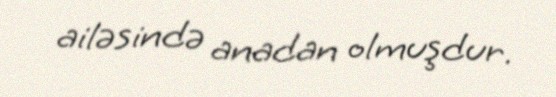
ailəsində anadan olmuşdur.